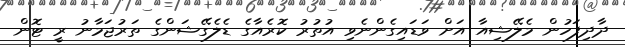
ދާދިފަހުން މެލޭޝިއާ އަށް ވަޑައިގެންނެވި އުތުރު ކޮރެއާގެ ޑެލެގޭޝަންގެ ތަރުޖަމާނު ރީ ޓޮން